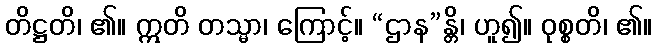
တိဋ္ဌတိ၊ ၏။ ဣတိ တသ္မာ၊ ကြောင့်။ “ဌာန”န္တိ၊ ဟူ၍။ ဝုစ္စတိ၊ ၏။